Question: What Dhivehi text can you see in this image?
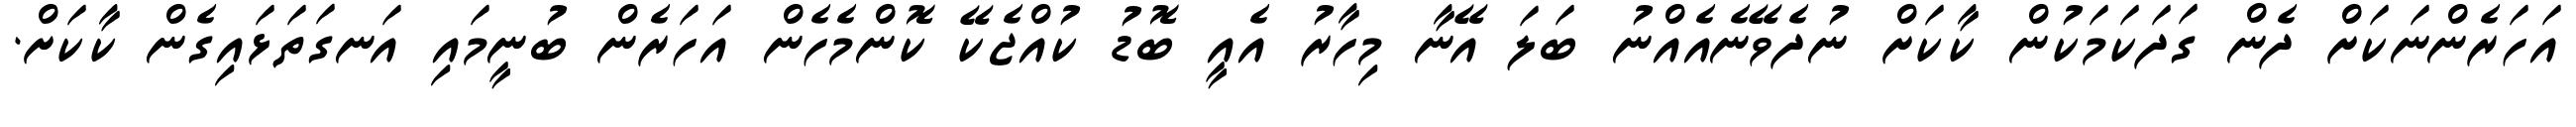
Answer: އަހަރެންނަކަށް ދެން ގަދަކަމަކުން ކާކަށް ނުދެވޭނެއެއްނު ބަލަ އޭނާ މިހާރު އެއީ ބޮޑު ކުއްޖެކޭ ކޮންމެހެން އަހަރެން ބުނީމައި އަނގަތަޅައިގެން ކާކަށް.